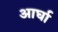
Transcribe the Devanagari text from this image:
आर्घा